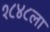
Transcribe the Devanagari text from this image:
१८४८ला